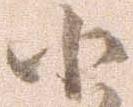
小